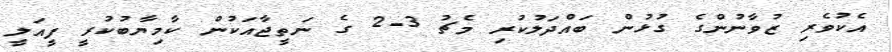
އެކުވެރި ޒުވާނުންގެ ގުޅުން ބައްދަލުކުރި މެޗު 3-2 ގެ ނަތީޖާއަކުން ކާމިޔާބުކުރީ ފީއަލީ